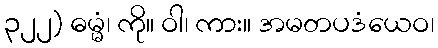
၃၂၂) ဓမ္မံ၊ ကို။ ဝါ၊ ကား။ အမတပဒံယေဝ၊